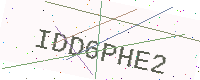
Text: IDD6PHE2